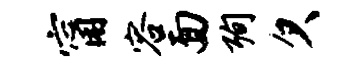
甯容面殉欠